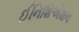
ઈનિશિએશન